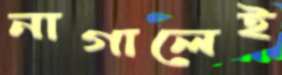
নাগালেই